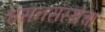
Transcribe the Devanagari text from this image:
श्वसनसंस्थेचा